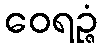
ဝေရဉ္ဇံ